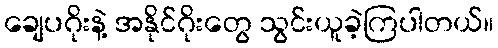
ချေပဂိုးနဲ့ အနိုင်ဂိုးတွေ သွင်းယူခဲ့ကြပါတယ်။